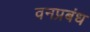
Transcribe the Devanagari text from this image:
वनप्रबंध